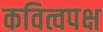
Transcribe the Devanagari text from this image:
कवित्वपक्ष